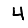
Digit: 4